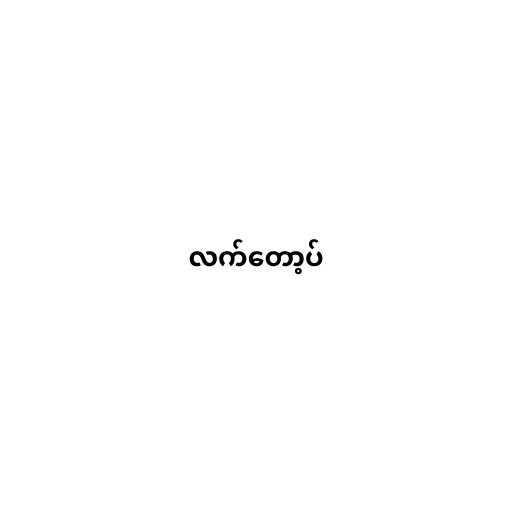
လက်တော့ပ်